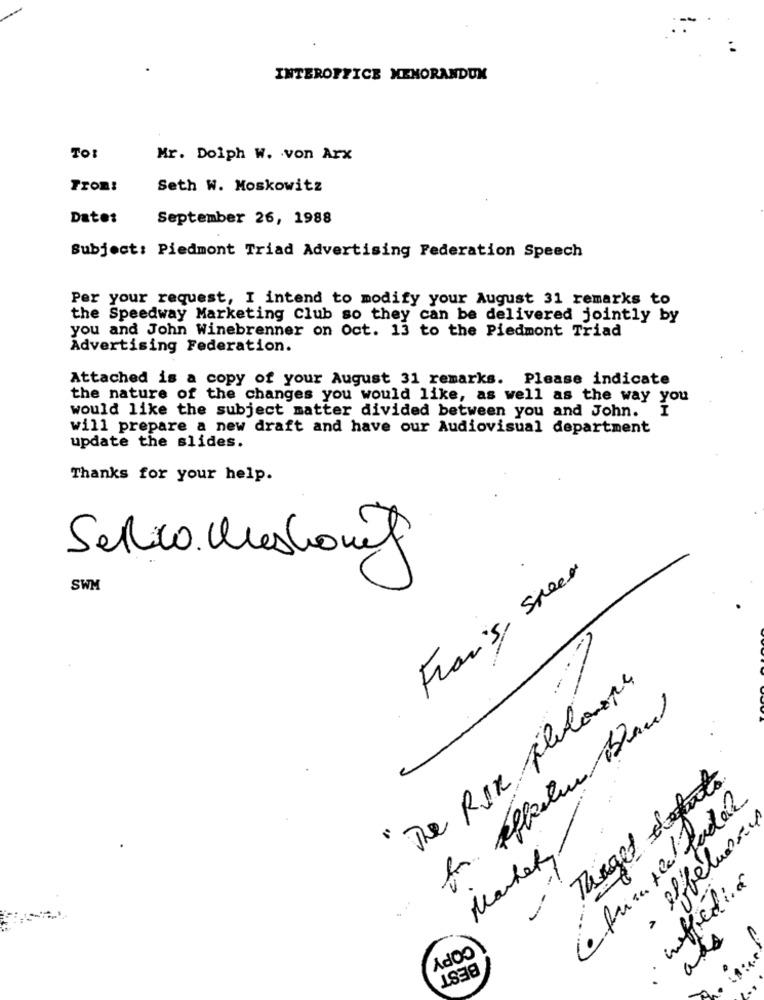
INTEROFFICE MEMORANDUM
TO:
Mr. Dolph W. . von Arx
Trom:
Seth W. Moskowitz
Datos
September 26, 1988
Subject: Piedmont Triad Advertising Federation Speech
Per your request, I intend to modify your August 31 remarks to
the Speedway Marketing Club so they can be delivered jointly by
you and John Winebrenner on Oct. 13 to the Piedmont Triad
Advertising Federation.
Attached is a copy of your August 31 remarks. Please indicate
the nature of the changes you would like, as well as the way you
would like the subject matter divided between you and John.
I
will prepare a new draft and have our Audiovisual department
update the slides.
Thanks for your help.
Frans, speed
SWM
.-
" The per pleloupe
Target defunto
- effectuerme
Market .
ineffetia
-
add
COPY
BEST